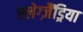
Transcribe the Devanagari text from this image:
एलेग्ज़ैंड्रिया